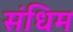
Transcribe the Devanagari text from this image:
संधिम